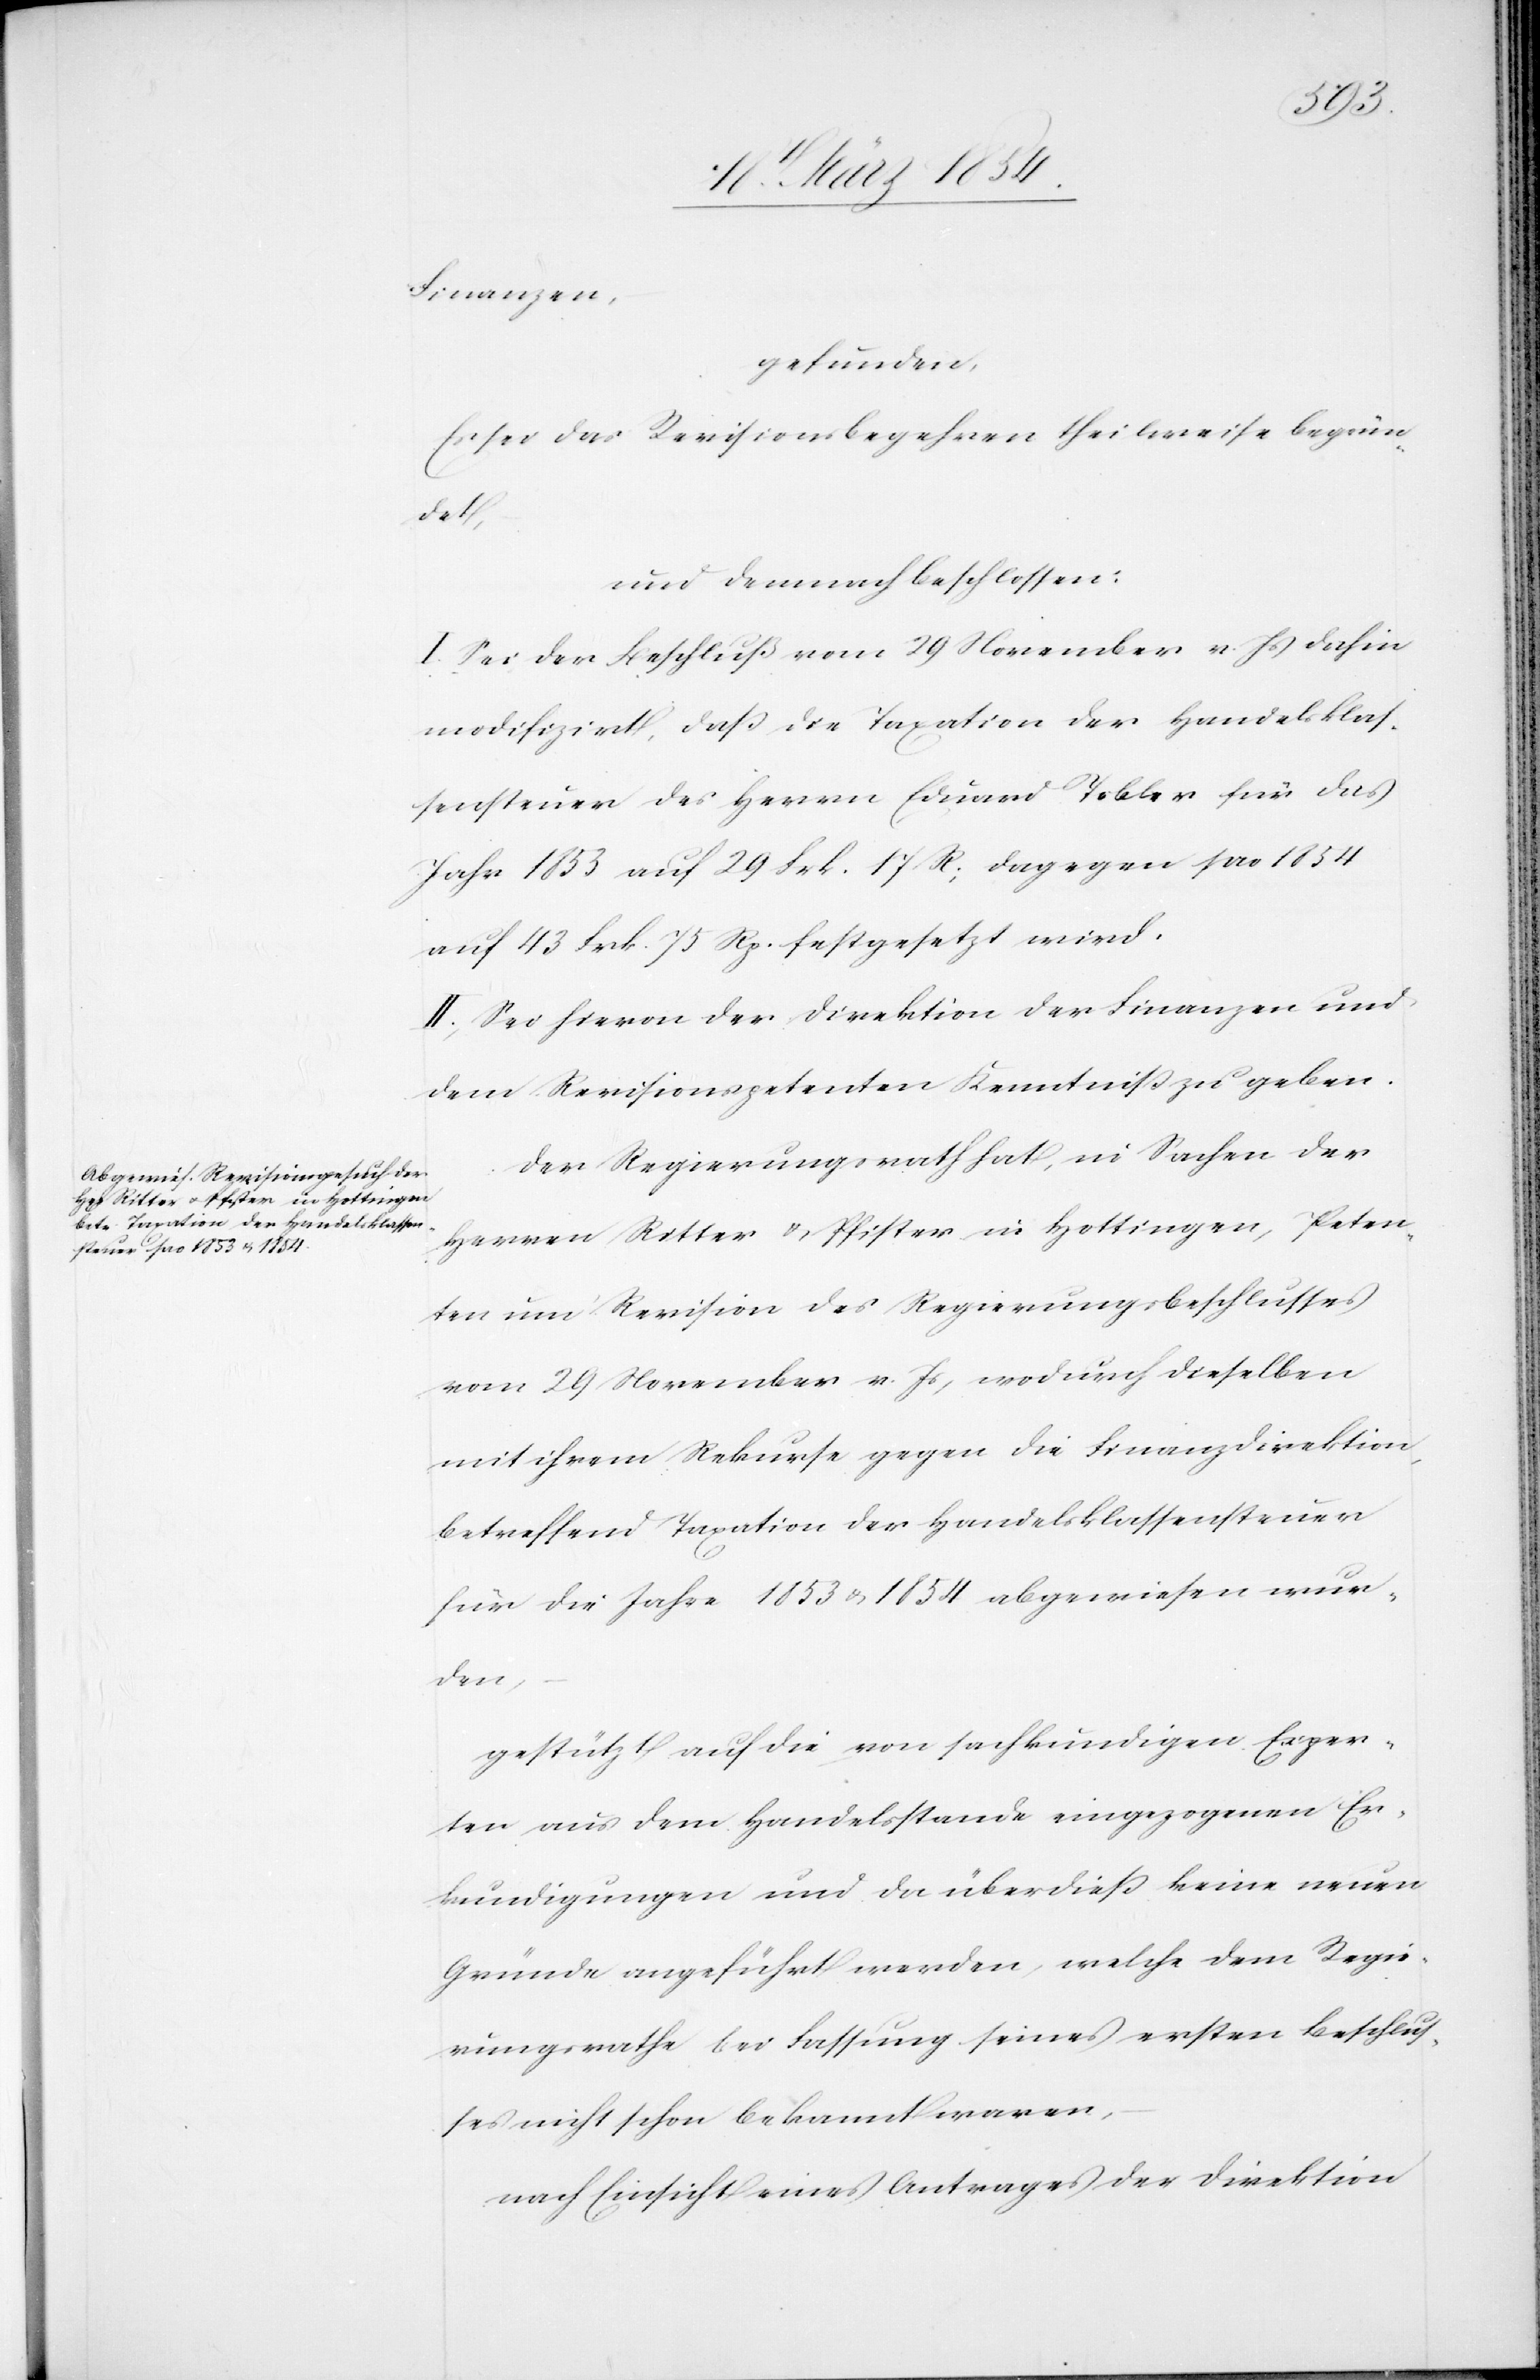
Finanzen,
gefunden:
Es sei das Revisionsbegehren theilweise begrün¬
det,
und demnach beschlossen:
I. Sei der Beschluß vom 29 November v. Js dahin
modifizirt, daß die Taxation der Handelsklas¬
sensteuer des Herrn Eduard Tobler für das
Jahr 1853 auf 29 Frk. 17 R; dagegen pro 1854
auf 43 Frk. 75 Rp. festgesetzt wird.
II. Sei hievon der Direktion der Finanzen und
dem Revisionspetenten Kenntniß zu geben.
Der Regierungsrath hat, in Sachen der
Herren Ritter & Pfister in Hottingen, Peten¬
ten um Revision des Regierungsbeschlusses
vom 29 November v. Js, wodurch dieselben
mit ihrem Rekurse gegen die Finanzdirektion,
betreffend Taxation der Handelsklassensteuern
für die Jahre 1853 u. 1854 abgewiesen wur¬
de,
gestützt auf die von sachkundigen Exper¬
ten aus dem Handelsstande eingezogenen Er¬
kundigungen und da überdieß keine neuen
Gründe angeführt werden, welche dem Regie¬
rungsrathe bei Fassung seines ersten Beschlus¬
ses nicht schon bekannt waren,
nach Einsicht eines Antrages der Direktion